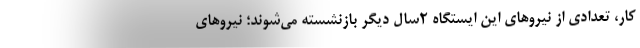
کار، تعدادی از نیروهای این ایستگاه 2سال دیگر بازنشسته می‌شوند؛ نیروهای